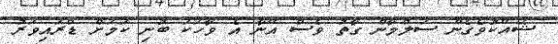
ޝައްކުވެގެން ސަލްމާން ގާތު ވެސް އޭނާ އެ ވާހަކަ ބުނި ކަމަށް ޑްރައިވަރު